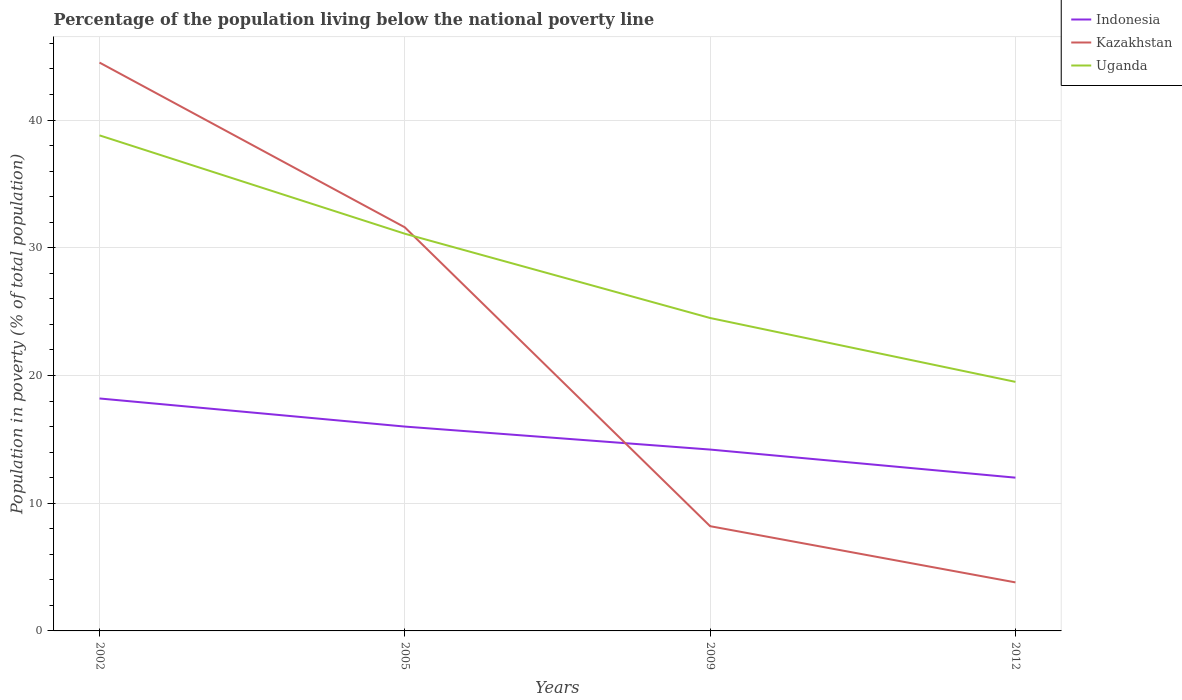
| Years | Indonesia | Kazakhstan | Uganda |
 | --- | --- | --- | --- |
 | 2002 | 18.2 | 44.5 | 38.8 |
 | 2005 | 16 | 31.6 | 31.1 |
 | 2009 | 14.2 | 8.2 | 24.5 |
 | 2012 | 12 | 3.8 | 19.5 |